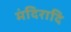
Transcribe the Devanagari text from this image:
मंदिरादि